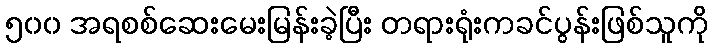
၅၀၀ အရစစ်ဆေးမေးမြန်းခဲ့ပြီး တရားရုံးကခင်ပွန်းဖြစ်သူကို